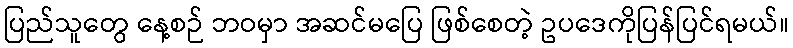
ပြည်သူတွေ နေ့စဉ် ဘဝမှာ အဆင်မပြေ ဖြစ်စေတဲ့ ဥပဒေကိုပြန်ပြင်ရမယ်။